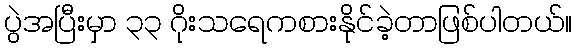
ပွဲအပြီးမှာ ၃၃ ဂိုးသရေကစားနိုင်ခဲ့တာဖြစ်ပါတယ်။